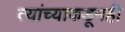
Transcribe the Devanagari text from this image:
त्यांच्याकडूनही